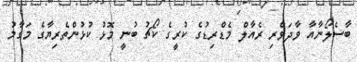
ބާސެލޯނާއާ ވާދަވެރި ރެއާލް މެޑްރިޑުގެ ކުރީގެ ކޯޗު ބުނީ މޮޅު ކުޅުންތެރިޔާގެ މަގާމު